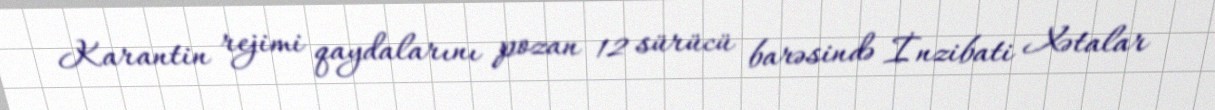
Karantin rejimi qaydalarını pozan 12 sürücü barəsində İnzibati Xətalar